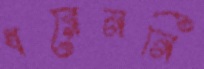
ধরেননি